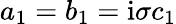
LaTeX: a_{1}=b_{1}=\mathrm{i}\sigma c_{1}